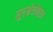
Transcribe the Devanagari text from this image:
सुरक्षेसोबतच